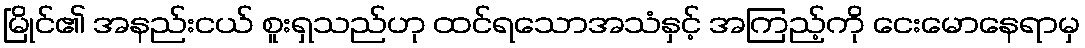
မြိုင်၏ အနည်းငယ် စူးရှသည်ဟု ထင်ရသောအသံနှင့် အကြည့်ကို ငေးမောနေရာမှ